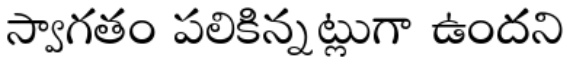
స్వాగతం పలికిన్నట్లుగా ఉందని